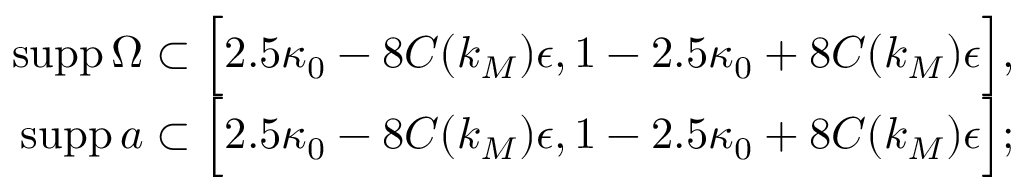
\begin{array} { r } { \mathrm { s u p p } \, \Omega \subset \Big [ 2 . 5 \kappa _ { 0 } - 8 C ( k _ { M } ) \epsilon , 1 - 2 . 5 \kappa _ { 0 } + 8 C ( k _ { M } ) \epsilon \Big ] , } \\ { \mathrm { s u p p } \, a \subset \Big [ 2 . 5 \kappa _ { 0 } - 8 C ( k _ { M } ) \epsilon , 1 - 2 . 5 \kappa _ { 0 } + 8 C ( k _ { M } ) \epsilon \Big ] ; } \end{array}